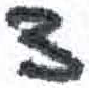
אות: צ